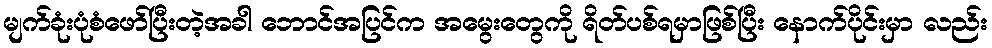
မျက်ခုံးပုံစံဖော်ပြီးတဲ့အခါ ဘောင်အပြင်က အမွေးတွေကို ရိတ်ပစ်ရမှာဖြစ်ပြီး နောက်ပိုင်းမှာ လည်း